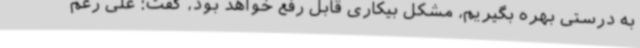
به درستی بهره بگیریم، مشکل بیکاری قابل رفع خواهد بود، گفت: علی رغم